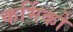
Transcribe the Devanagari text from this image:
कर्मिको